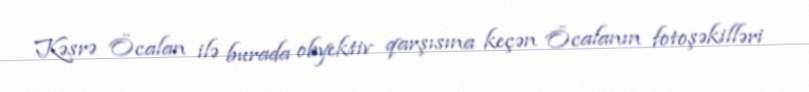
Kəsrə Öcalan ilə burada obyektiv qarşısına keçən Öcalanın fotoşəkilləri